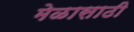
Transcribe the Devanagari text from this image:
मेळासाठी